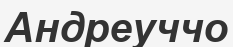
Андреуччо